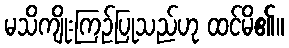
မသိကျိုးကြဉ်ပြုသည်ဟု ထင်မိ၏။